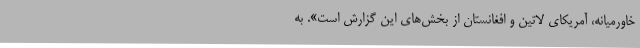
خاورمیانه، آمریکای لاتین و افغانستان از بخش‌های این گزارش است». به